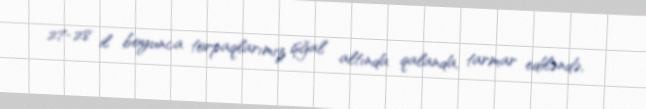
27-28 il boyunca torpaqlarımız işğal altında qalanda, tarmar ediləndə,